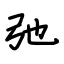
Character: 弛